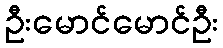
ဦးမောင်မောင်ဦး